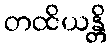
တထိယန္တိ